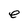
Character: e